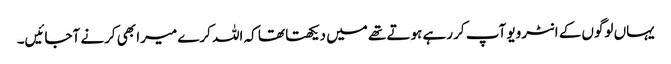
یہاں لوگوں کے انٹرویو آپ کر رہے ہوتے تھے میں دیکھتا تھا کہ اللہ کرے میرا بھی کرنے آجائیں۔